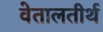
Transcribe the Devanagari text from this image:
वेतालतीर्थ